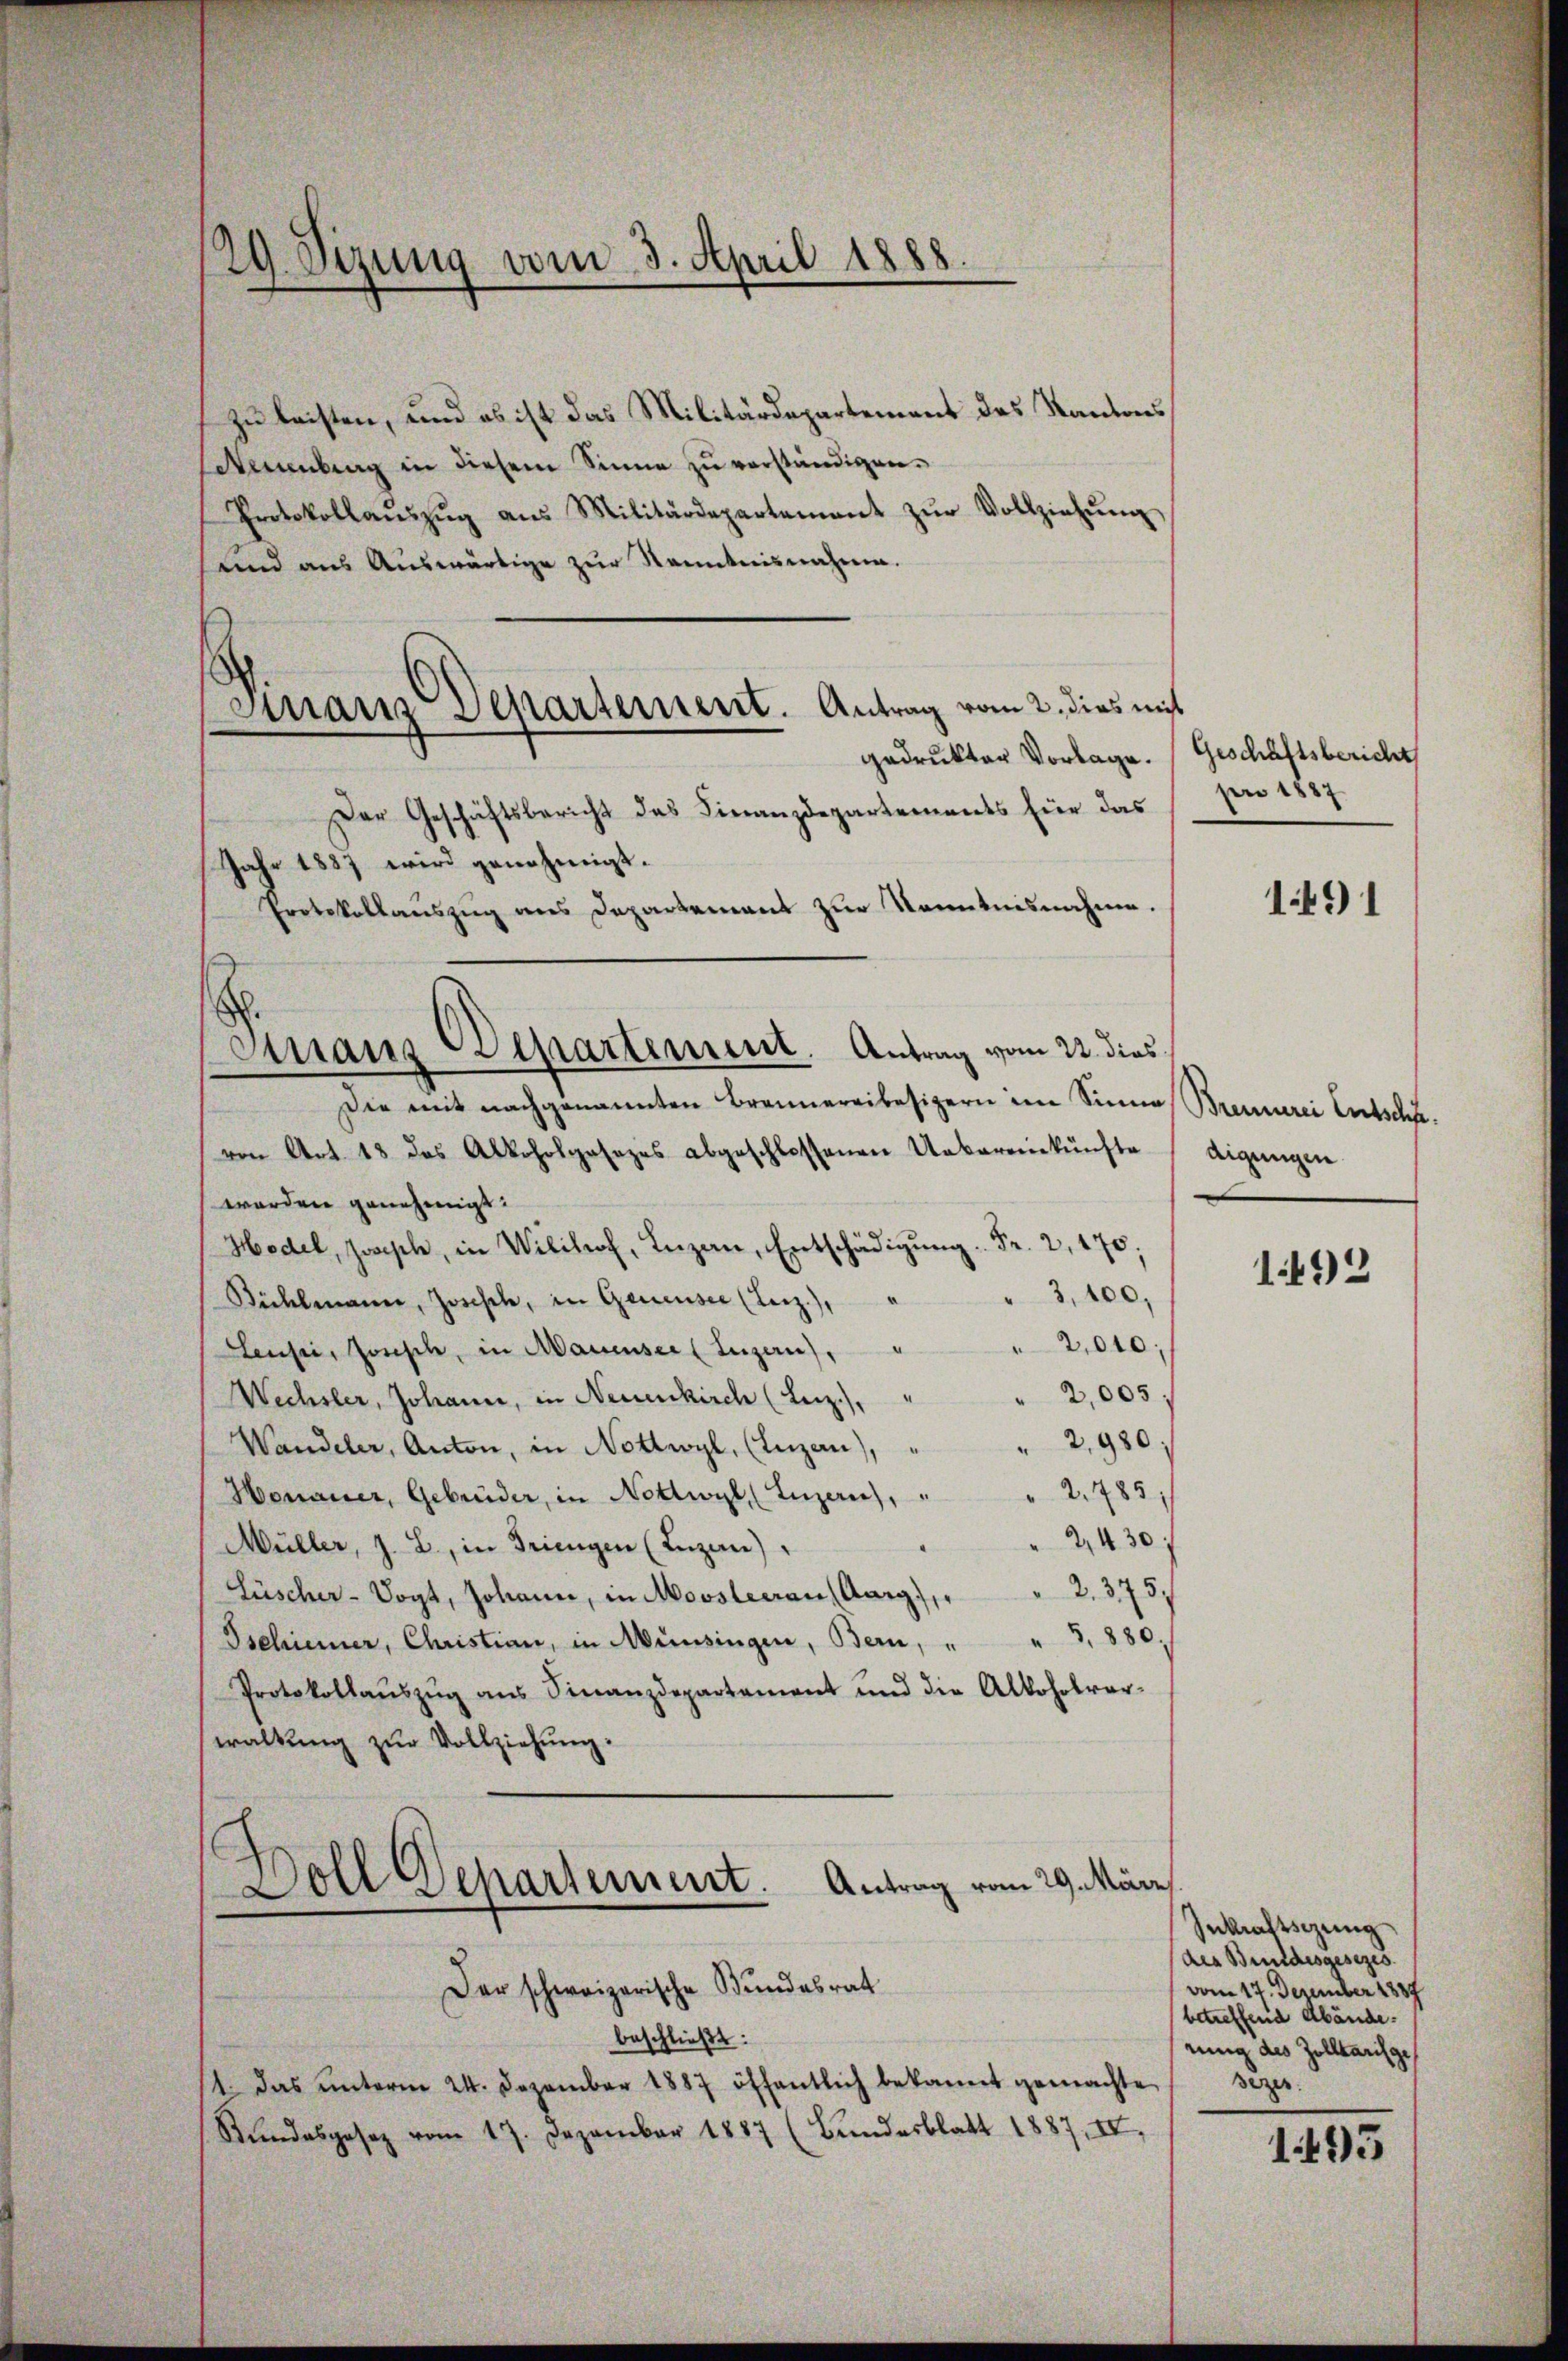
29. Sizung vom 3. April 1888.

zu leisten, und es ist das Militärdepartement des Kantonsskenburg in diesem Sinne zŭ verständigen.
Protokollaŭszŭg ans Militärdepartement zŭr Vollziehŭng
und aus Auswärtige zur Kenntnisnahme.
Der Geschäftsbericht das Finanzdepartements für das
Die mit nachgenannten Brannereibesizern im Sinne Brennerei Entschävon Art. 18 das Alkoholgasezes abgeschlossenen Uebereinkünfte
worden genehmigt.
Hodel, Zwisch, in Wilihof, Luzern, Entschädigung. Fr. 2, 170;
"3,100,
Bühlmann, Josisch, in Genieuser (Leiz),
2,040;
Leussi, Josisch, in Mauenser (Luzern),
" 2,005;
Wechsler, Johann, in Neuenkirch (Leiz.).
2,980.
Wandeler, Anton, in Nottwyl, (Luzan),
2785
Honauer, Gebrüder, in Nottwyl, (Luzern),
2,430.
Müller, J. L., in Triengen (Inzan).
Lüscher-Vogt, Johann, in Moosleerau (Aarg), " " 2. 375,
Gschiener, Christian, in Münsingen, Bern, " " 3, 880;
Protokollaŭszŭg ans Finanzdepartement und die Alkoholrar-
waltung zur Vollziehung:
Doll Departement. Antrag vom 29. März
Der schweizerische Bundesrat
beschließt:
1. das ŭnterm 24. Dezember 1887 öffentlich bekannt gemachte
Stundesgesez vom 17. Dezember 1887 (Bundesblatt 1887, IV,

Tirranz Departement. Antrag vom 2. dies mit
d
gedrukter Vorlage.

Jahr 1837 wird genehmigt.
Protokollauszug aus Departement zur Kenntnisnahme.
Finanz Departement. Antrag vom 22. dies

Geschäftsbericht
pro 1882

1491

digungen.

1492

Inkraftschung
des Bundesgesezes
vom 17. Dezember 1887
betreffend Abände.
rung des Zolltarilge
sezer.

1495